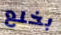
بخلع